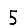
Digit: 5